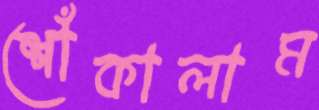
শোঁকালাম